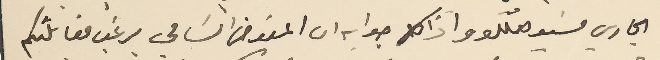
الجاري مسَيو هلّلو واذا كان جوابه ان المفوض السَامي يرغب مقابلتكم